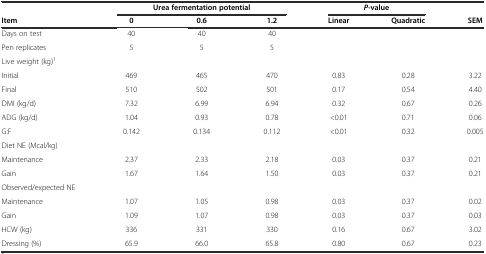
<table><thead><tr><td></td><td colspan="3"><b>Urea fermentation potential</b></td><td colspan="2"><b><i>P-</i>value</b></td><td></td></tr><tr><td><b>Item</b></td><td><b>0</b></td><td><b>0.6</b></td><td><b>1.2</b></td><td><b>Linear</b></td><td><b>Quadratic</b></td><td><b>SEM</b></td></tr></thead><tbody><tr><td>Days on test</td><td>40</td><td>40</td><td>40</td><td></td><td></td><td></td></tr><tr><td>Pen replicates</td><td>5</td><td>5</td><td>5</td><td></td><td></td><td></td></tr><tr><td>Live weight (kg)<sup>1</sup></td><td></td><td></td><td></td><td></td><td></td><td></td></tr><tr><td>Initial</td><td>469</td><td>465</td><td>470</td><td>0.83</td><td>0.28</td><td>3.22</td></tr><tr><td>Final</td><td>510</td><td>502</td><td>501</td><td>0.17</td><td>0.54</td><td>4.40</td></tr><tr><td>DMI (kg/d)</td><td>7.32</td><td>6.99</td><td>6.94</td><td>0.32</td><td>0.67</td><td>0.26</td></tr><tr><td>ADG (kg/d)</td><td>1.04</td><td>0.93</td><td>0.78</td><td>&lt;0.01</td><td>0.71</td><td>0.06</td></tr><tr><td>G:F</td><td>0.142</td><td>0.134</td><td>0.112</td><td>&lt;0.01</td><td>0.32</td><td>0.005</td></tr><tr><td>Diet NE (Mcal/kg)</td><td></td><td></td><td></td><td></td><td></td><td></td></tr><tr><td>Maintenance</td><td>2.37</td><td>2.33</td><td>2.18</td><td>0.03</td><td>0.37</td><td>0.21</td></tr><tr><td>Gain</td><td>1.67</td><td>1.64</td><td>1.50</td><td>0.03</td><td>0.37</td><td>0.21</td></tr><tr><td>Observed/expected NE</td><td></td><td></td><td></td><td></td><td></td><td></td></tr><tr><td>Maintenance</td><td>1.07</td><td>1.05</td><td>0.98</td><td>0.03</td><td>0.37</td><td>0.02</td></tr><tr><td>Gain</td><td>1.09</td><td>1.07</td><td>0.98</td><td>0.03</td><td>0.37</td><td>0.03</td></tr><tr><td>HCW (kg)</td><td>336</td><td>331</td><td>330</td><td>0.16</td><td>0.67</td><td>3.02</td></tr><tr><td>Dressing (%)</td><td>65.9</td><td>66.0</td><td>65.8</td><td>0.80</td><td>0.67</td><td>0.23</td></tr></tbody></table>